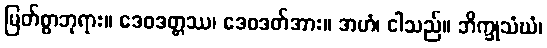
မြတ်စွာဘုရား။ ဒေဝဒတ္တဿ၊ ဒေဝဒတ်အား။ အဟံ၊ ငါသည်။ ဘိက္ခုသံဃံ၊